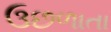
ઉછળાતા